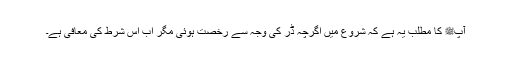
آپﷺ کا مطلب یہ ہے کہ شروع میں اگرچہ ڈر کی وجہ سے رخصت ہوئی مگر اب اس شرط کی معافی ہے۔